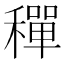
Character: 𬓿